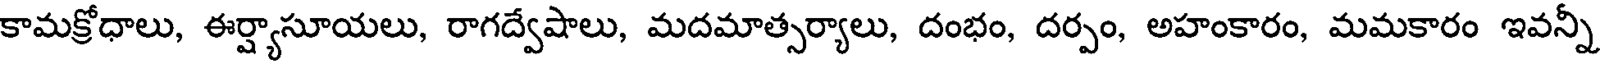
కామక్రోధాలు, ఈర్ష్యాసూయలు, రాగద్వేషాలు, మదమాత్సర్యాలు, దంభం, దర్పం, అహంకారం, మమకారం ఇవన్నీ